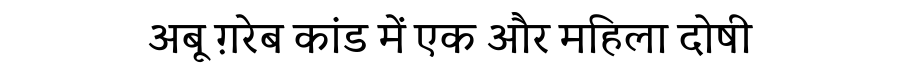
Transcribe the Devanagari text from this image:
अबू ग़रेब कांड में एक और महिला दोषी